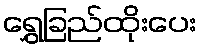
ရွှေခြည်ထိုးပေး